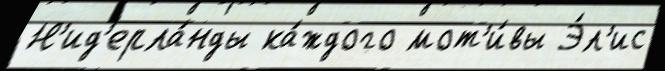
Н'ид'ерла́нды ка́ждого мот'и́вы Э́л'ис